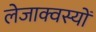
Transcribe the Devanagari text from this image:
लेजाक्वस्यों